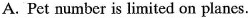
A. Pet number is limited on planes.